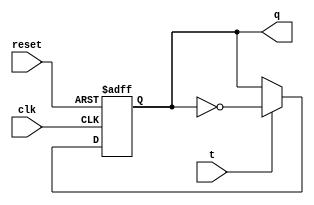
module t_flip_flop (
    input wire clk, // Clock input
    input wire reset, // Reset input
    input wire t, // T input
    output reg q // Q output
);

always @(posedge clk or posedge reset) begin
    if (reset) begin
        q <= 1'b0; // Initialize Q to 0 on reset
    end else begin
        if (t) begin
            q <= ~q; // Toggle Q if T is high
        end
    end
end

endmodule